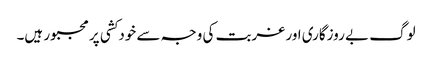
لوگ بے روزگاری اور غربت کی وجہ سے خودکشی پر مجبور ہیں۔